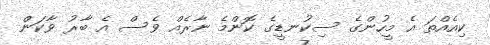
ކިއެއްތަ އެ މީހުންގެ ސިކުނޑީގެ ކޮންމެ ނާރެއް ވެސް އެ ބާރު ވާކަން